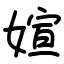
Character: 媗